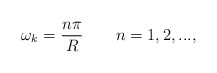
\begin{align*}\omega_k=\frac{n\pi}{R} \qquad n=1,2,...,\end{align*}